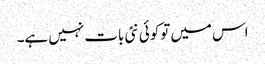
اس میں توکوئی نئی بات نہیں ہے۔